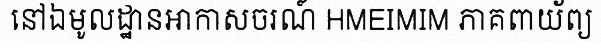
នៅឯមូលដ្ឋានអាកាសចរណ៍ HMEIMIM ភាគពាយ័ព្យ